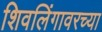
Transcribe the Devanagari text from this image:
शिवलिंगावरच्या